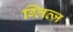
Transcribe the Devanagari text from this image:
ग्लित्ज़